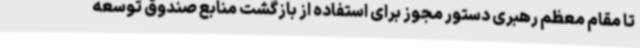
تا مقام معظم رهبری دستور مجوز برای استفاده از بازگشت منابع صندوق توسعه